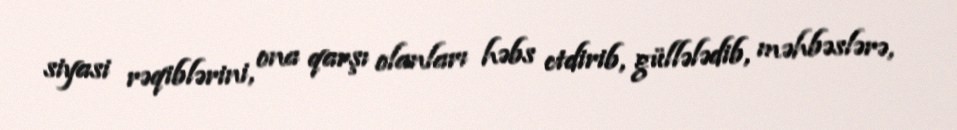
siyasi rəqiblərini, ona qarşı olanları həbs etdirib, güllələdib, məhbəslərə,